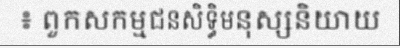
៖ ពួកសកម្មជនសិទ្ធិមនុស្សនិយាយ